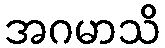
အဂမာသိ